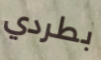
بطردي